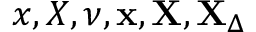
x , X , \nu , \mathbf { x } , \mathbf { X } , \mathbf { X } _ { \Delta }